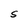
Character: S